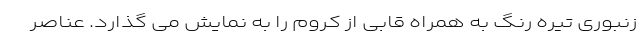
زنبوری تیره رنگ به همراه قابی از کروم را به نمایش می گذارد. عناصر